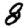
Digit: 8